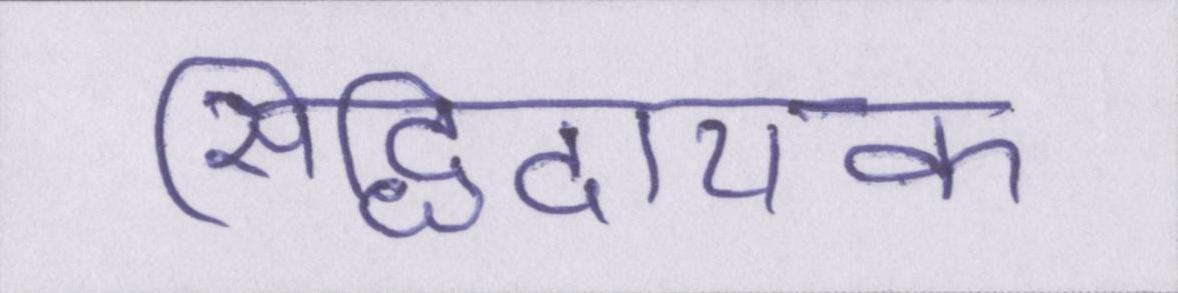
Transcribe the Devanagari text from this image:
सिद्धिदायक